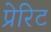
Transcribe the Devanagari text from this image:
प्रेरिट